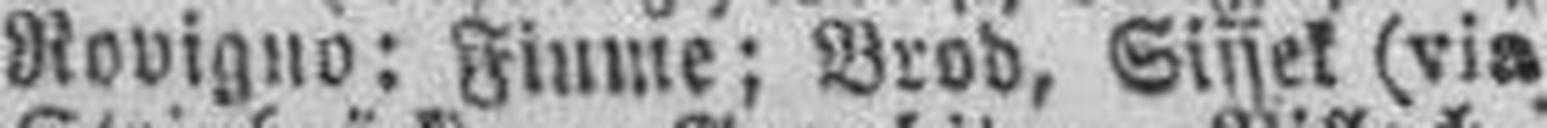
Rovigno: Fiume; Brod, Sissek (via